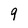
Character: 9